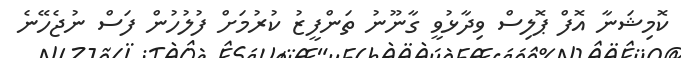
ކޮމިޝަނާ އޮފް ޕޮލިސް ވިދާޅުވީ ގާނޫނު ތަންފީޒު ކުރުމަށް ފުލުހުން ފަސް ނުޖެހޭނެ